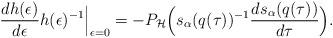
LaTeX: \begin{align*}\Bigr.\frac{ d h ( \epsilon ) }{ d \epsilon }h(\epsilon)^{-1}\Bigr|_{ \epsilon = 0 }=- P_{ \cal H }\Bigl(s_\alpha ( q ( \tau ) )^{ -1 }\frac{ d s_\alpha ( q ( \tau ) ) }{ d \tau }\Bigr).\end{align*}